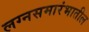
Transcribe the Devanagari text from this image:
लग्नसमारंभातील